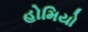
હોમિયો